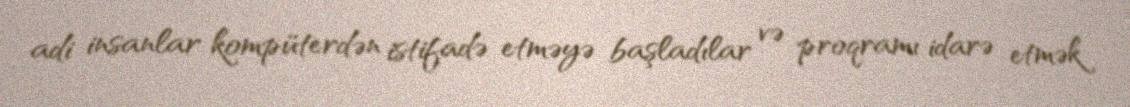
adi insanlar kompüterdən istifadə etməyə başladılar və proqramı idarə etmək